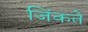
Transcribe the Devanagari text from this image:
जिंकते